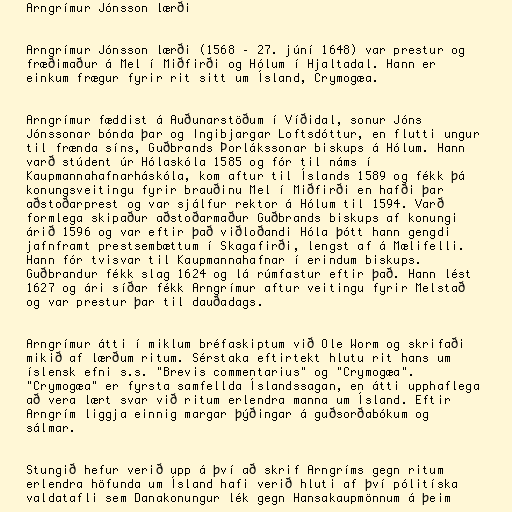
Arngrímur Jónsson lærði

Arngrímur Jónsson lærði (1568 – 27. júní 1648) var prestur og
fræðimaður á Mel í Miðfirði og Hólum í Hjaltadal. Hann er
einkum frægur fyrir rit sitt um Ísland, Crymogæa.

Arngrímur fæddist á Auðunarstöðum í Víðidal, sonur Jóns
Jónssonar bónda þar og Ingibjargar Loftsdóttur, en flutti ungur
til frænda síns, Guðbrands Þorlákssonar biskups á Hólum. Hann
varð stúdent úr Hólaskóla 1585 og fór til náms í
Kaupmannahafnarháskóla, kom aftur til Íslands 1589 og fékk þá
konungsveitingu fyrir brauðinu Mel í Miðfirði en hafði þar
aðstoðarprest og var sjálfur rektor á Hólum til 1594. Varð
formlega skipaður aðstoðarmaður Guðbrands biskups af konungi
árið 1596 og var eftir það viðloðandi Hóla þótt hann gengdi
jafnframt prestsembættum í Skagafirði, lengst af á Mælifelli.
Hann fór tvisvar til Kaupmannahafnar í erindum biskups.
Guðbrandur fékk slag 1624 og lá rúmfastur eftir það. Hann lést
1627 og ári síðar fékk Arngrímur aftur veitingu fyrir Melstað
og var prestur þar til dauðadags.

Arngrímur átti í miklum bréfaskiptum við Ole Worm og skrifaði
mikið af lærðum ritum. Sérstaka eftirtekt hlutu rit hans um
íslensk efni s.s. "Brevis commentarius" og "Crymogæa".
"Crymogæa" er fyrsta samfellda Íslandssagan, en átti upphaflega
að vera lært svar við ritum erlendra manna um Ísland. Eftir
Arngrím liggja einnig margar þýðingar á guðsorðabókum og
sálmar.

Stungið hefur verið upp á því að skrif Arngríms gegn ritum
erlendra höfunda um Ísland hafi verið hluti af því pólitíska
valdatafli sem Danakonungur lék gegn Hansakaupmönnum á þeim